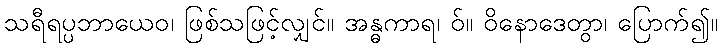
သရီရပ္ပဘာယေဝ၊ ဖြစ်သဖြင့်လျှင်။ အန္ဓကာရ၊ ဝ်။ ဝိနောဒေတွာ၊ ပြောက်၍။